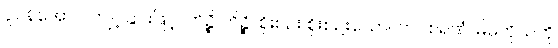
ပူပန်အောင် ကျင့်ခြင်းဖြင့်။ ကိဉ္စိ ကိဉ္စိ၊ စိုးစဉ်း စိုးစဉ်းသော။ တပစရဏံ၊ မိမိကိုယ်ကို